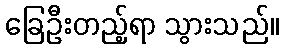
ခြေဦးတည့်ရာ သွားသည်။